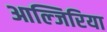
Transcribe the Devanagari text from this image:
आल्जिरिया